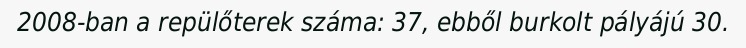
2008-ban a repülőterek száma: 37, ebből burkolt pályájú 30.